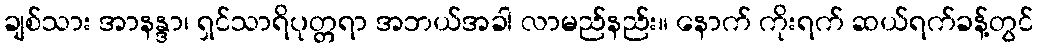
ချစ်သား အာနန္ဒာ၊ ရှင်သာရိပုတ္တရာ အဘယ်အခါ လာမည်နည်း။ နောက် ကိုးရက် ဆယ်ရက်ခန့်တွင်